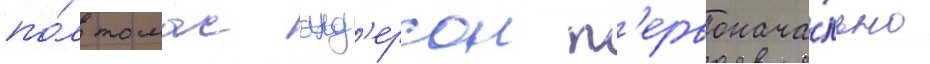
по́л томас анд'ерсон п'ервонача́льно